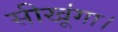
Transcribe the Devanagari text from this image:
सीखूंगा।